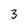
Character: 3